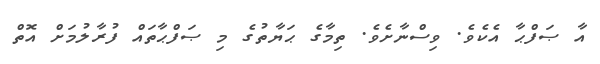
އާ ޞަފްޙާ އެކެވެ. ވިސްނާށެވެ. ތިމާގެ ޙަޔާތުގެ މި ޞަފްޙާތައް ފުރާލުމަށް އޮތް